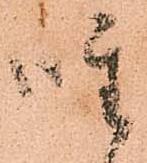
座